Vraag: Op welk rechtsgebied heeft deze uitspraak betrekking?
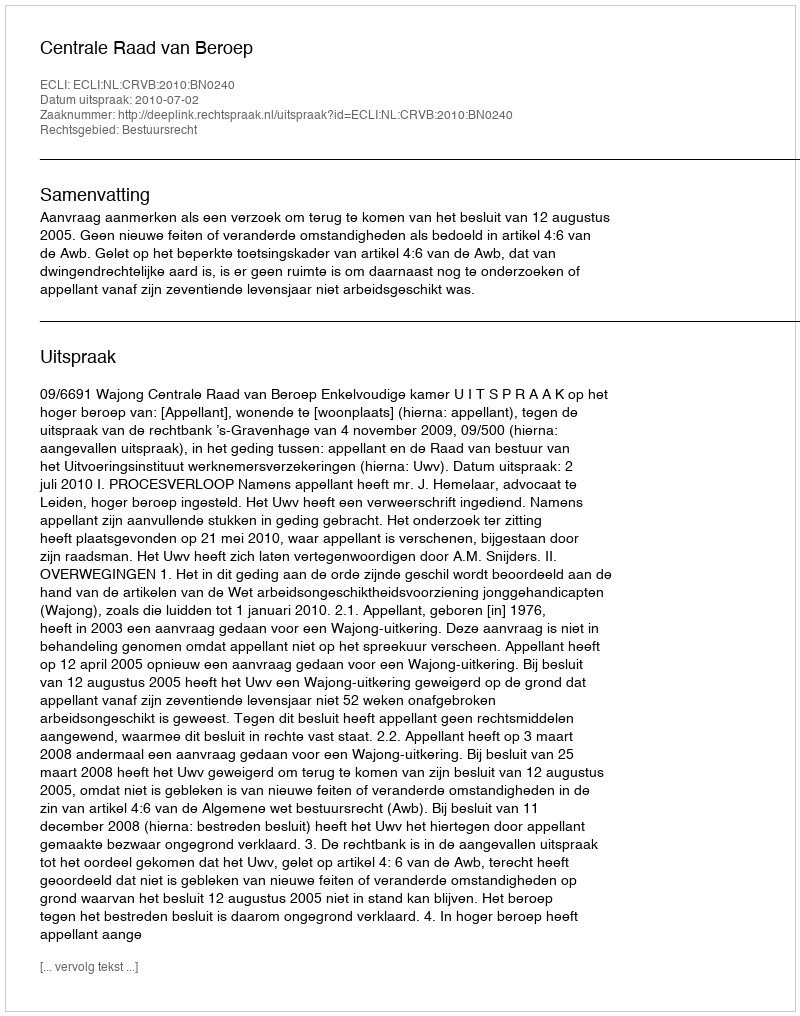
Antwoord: Bestuursrecht